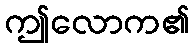
ဤလောက၏